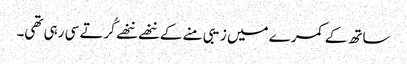
ساتھ کے کمرے میں زیبی منے کے ننھے ننھے کُرتے سی رہی تھی۔